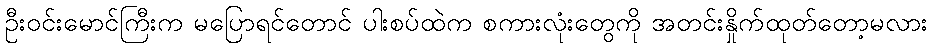
ဦးဝင်းမောင်ကြီးက မပြောရင်တောင် ပါးစပ်ထဲက စကားလုံးတွေကို အတင်းနှိုက်ထုတ်တော့မလား